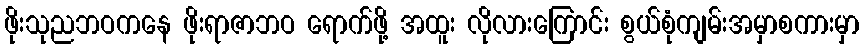
ဖိုးသုညဘဝကနေ ဖိုးရာဇာဘဝ ရောက်ဖို့ အထူး လိုလားကြောင်း စွယ်စုံကျမ်းအမှာစကားမှာ